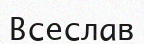
Всеслав